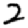
Digit: 2